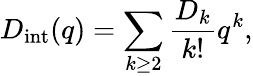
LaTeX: D_{\mathrm{int}}(q)=\sum_{k\geq 2}\frac{D_{k}}{k!}q^{k},